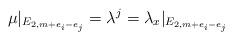
LaTeX: \begin{align*}\mu|_{E_{2,m+e_i -e_j}} = \lambda^j = \lambda_x|_{E_{2,m+e_i -e_j}} \end{align*}